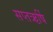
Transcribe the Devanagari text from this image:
सप्तऋर्षि